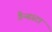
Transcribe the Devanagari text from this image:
गैन्गस्टा